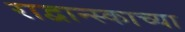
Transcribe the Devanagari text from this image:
राद्वान्स्काच्या